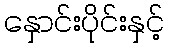
နှောင်းပိုင်းနှင့်